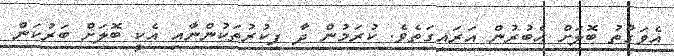
އެވަގުތު ބޮލަށް އެބުރުން އަރައިގަތެވެ. ކުރަމުން ދާ ފިކުރުތަކުންނާއި އެކީ ބޮލަށް ބަރުކަން